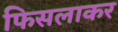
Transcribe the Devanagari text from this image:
फिसलाकर